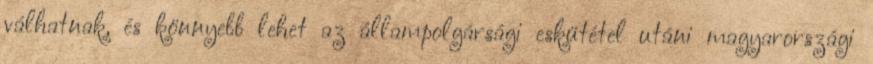
válhatnak, és könnyebb lehet az állampolgársági eskütétel utáni magyarországi